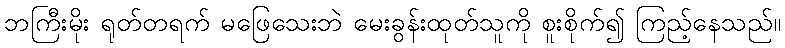
ဘကြီးမိုး ရုတ်တရက် မဖြေသေးဘဲ မေးခွန်းထုတ်သူကို စူးစိုက်၍ ကြည့်နေသည်။